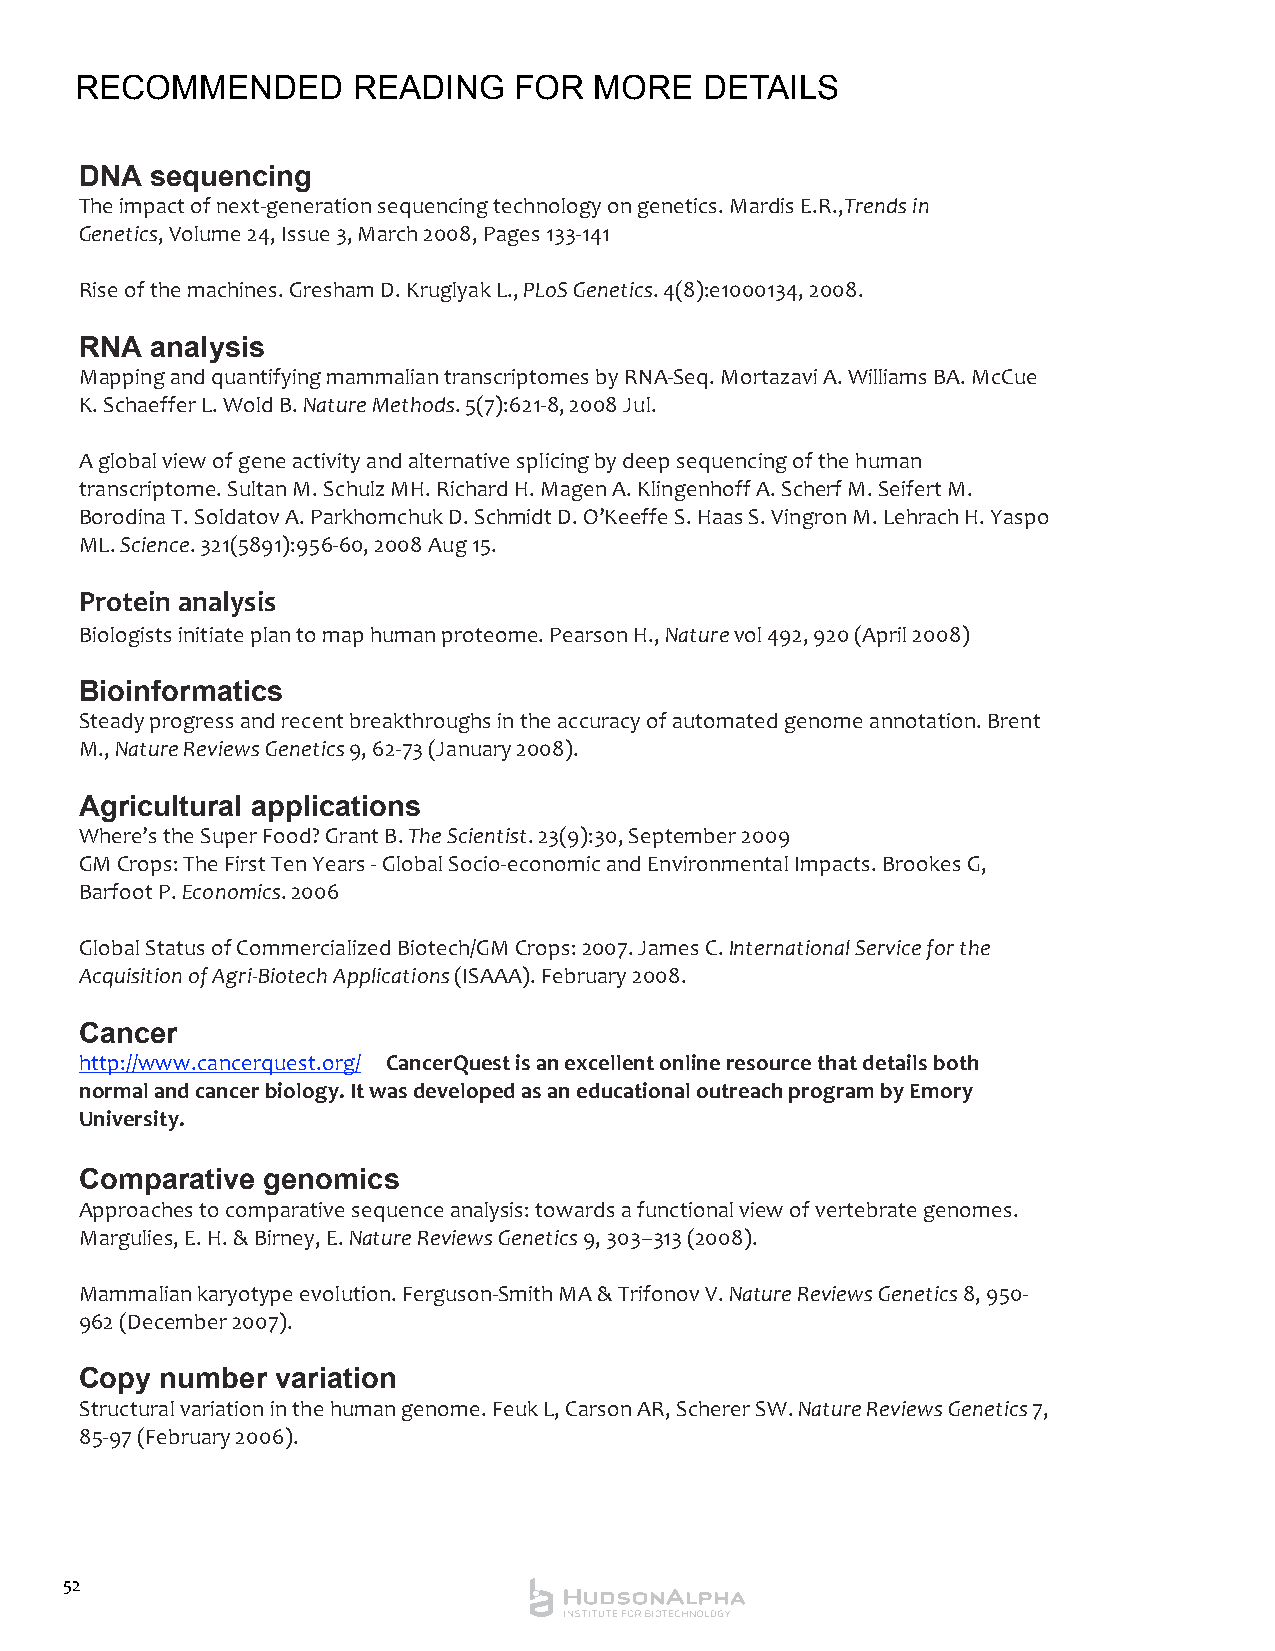
ReCoMMenDeD       ReADInG    FoR  MoRe    DetAILs
 DNA  sequencing
 The impact of next‐generation sequencing technology on genetics. Mardis E.R.,Trends in
 Genetics, Volume 24, Issue 3, March 2008, Pages 133‐141
 Rise of the machines. Gresham D. Kruglyak L., PLoS Genetics. 4(8):e1000134, 2008.
 RNA  analysis
 Mapping and quantifying mammalian transcriptomes by RNA‐Seq. Mortazavi A. Williams BA. McCue
 K. Schaeffer L. Wold B. Nature Methods. 5(7):621‐8, 2008 Jul.
 A global view of gene activity and alternative splicing by deep sequencing of the human
 transcriptome. Sultan M. Schulz MH. Richard H. Magen A. Klingenhoff A. Scherf M. Seifert M.
 Borodina T. Soldatov A. Parkhomchuk D. Schmidt D. O’Keeffe S. Haas S. Vingron M. Lehrach H. Yaspo
 ML. Science. 321(5891):956‐60, 2008 Aug 15.
 Protein analysis
 Biologists initiate plan to map human proteome. Pearson H., Nature vol 492, 920 (April 2008)
 Bioinformatics
 Steady progress and recent breakthroughs in the accuracy of automated genome annotation. Brent
 M., Nature Reviews Genetics 9, 62‐73 (January 2008).
 Agricultural applications
 Where’s the Super Food? Grant B. The Scientist. 23(9):30, September 2009
 GM Crops: The First Ten Years ‐ Global Socio‐economic and Environmental Impacts. Brookes G,
 Barfoot P. Economics. 2006
 Global Status of Commercialized Biotech/GM Crops: 2007. James C. International Service for the
 Acquisition of Agri‐Biotech Applications (ISAAA). February 2008.
 Cancer
 http://www.cancerquest.org/ CancerQuest is an excellent online resource that details both
 normal and cancer biology. It was developed as an educational outreach program by Emory
 University.
 Comparative genomics
 Approaches to comparative sequence analysis: towards a functional view of vertebrate genomes.
 Margulies, E. H. & Birney, E. Nature Reviews Genetics 9, 303–313 (2008).
 Mammalian karyotype evolution. Ferguson‐Smith MA & Trifonov V. Nature Reviews Genetics 8, 950‐
 962 (December 2007).
 Copy  number variation
 Structural variation in the human genome. Feuk L, Carson AR, Scherer SW. Nature Reviews Genetics 7,
 85‐97 (February 2006).
 52